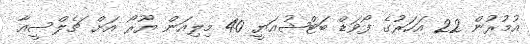
އުމުރުން 22 އަހަރުގެ ފޯވަޑް ބަޓްޝުއަޔީ 40 މިލިއަން ޔޫރޯ އަށް ޗެލްސީއާ